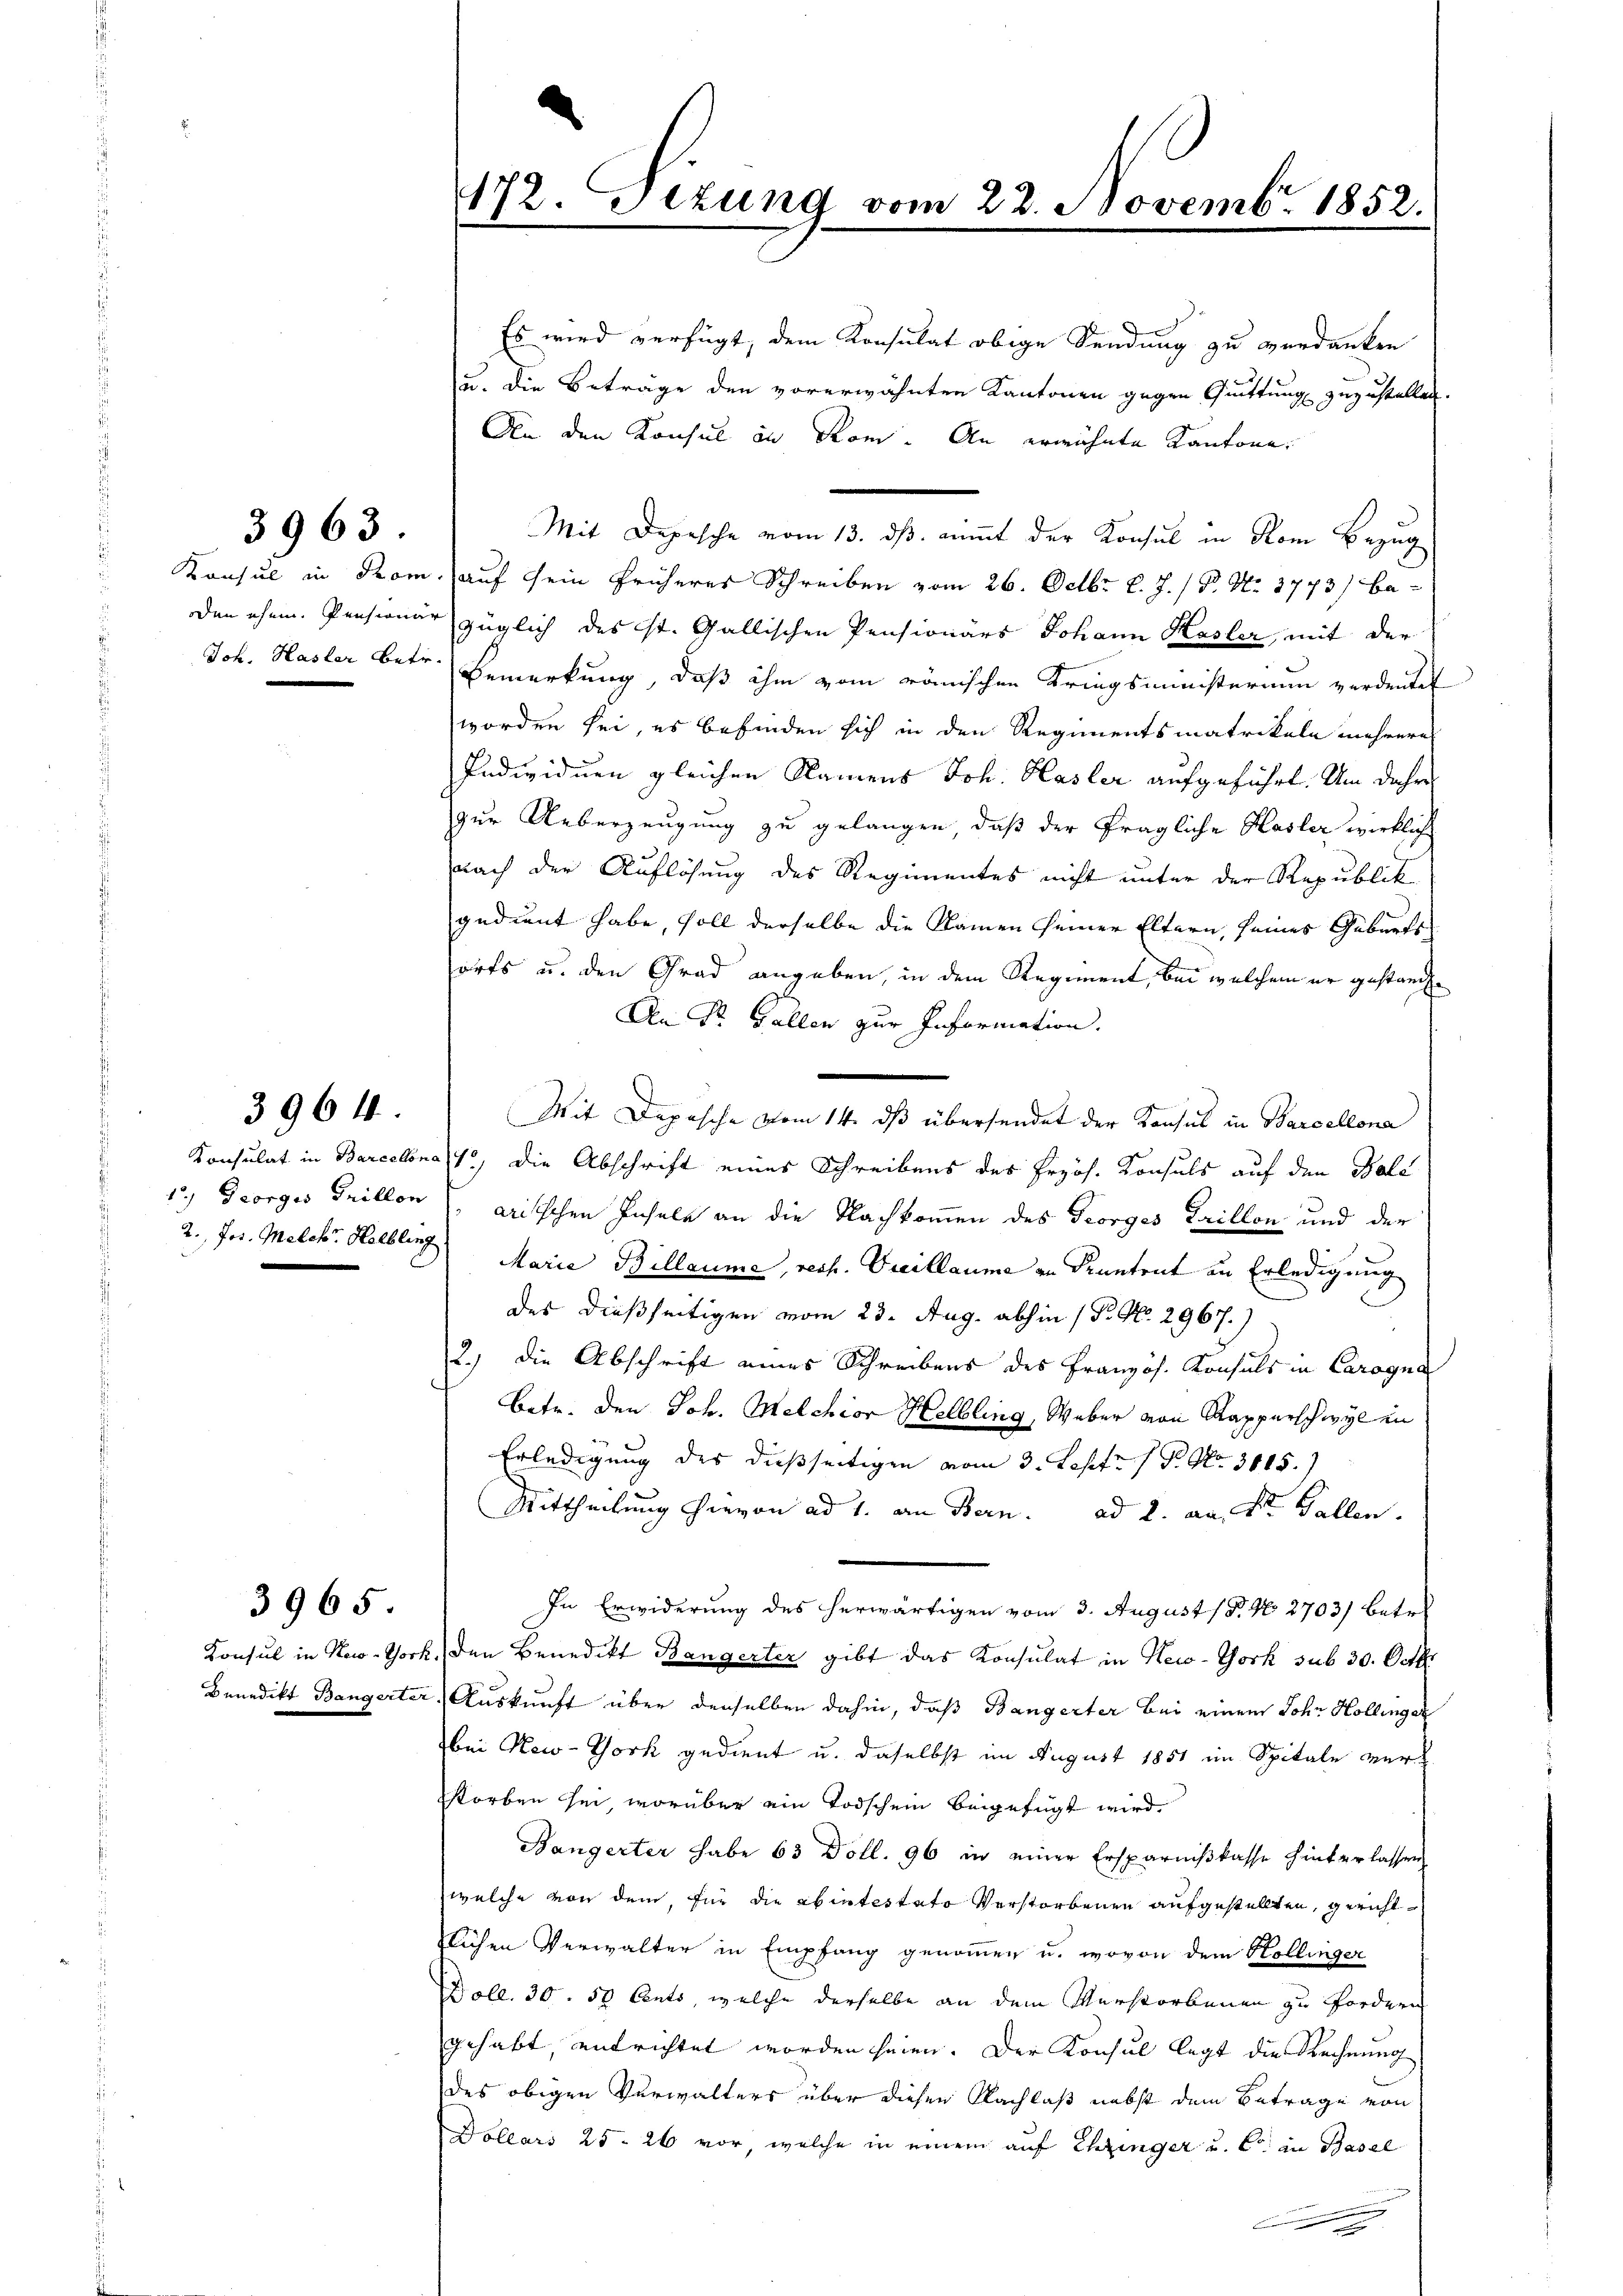
3963.

3964.

3965

172. Titung vom 22. Novembr. 1852.

Es wird verfügt, dem Konsulat obige Sendung zu verdanken
u. die Beträge den vorerwähnten Kantonen gegen Quittung zuzustellen.
An den Konsul in Rom. An erwähnte Kantone
Mit Depesche vom 13. ds. nimmt der Konsul in Rom Bezug
Konsul in Rom. auf sein früheres Schreiben vom 26. Octbr. l. J. / P. Nr. 1773) beoden ehem. Pensionär züglich des ist. Gallischen Pensionärs Johann Kasler, mit der
Joh. Hasler betr. Bemerkung, daß ihm vom römischen Kriegsministerium verdente
worden sei, es befinden sich in den Regimentsmatrikeln mehreres
Individuen gleichen Namens Joh. Hasler aufgeführt. Um daher
zur Ueberzeugung zu gelangen, daß der fragliche Hasler wirkliche
nach der Auflösung des Regimentes nicht unter der Republik
gedient habe, soll derselbe die Namen seiner Eltern, seines Geburtsforts u. den Grad angeben, in dem Regiment, bei welchem er gestand¬
An Dr. Gallen zur Information.
Mit Depesche vom 14. ds übersendet der Konsul in Barcellona
Konsulat in Barcelone 1, die Abschrift eines Schreibens des Przös. Konsuls auf den Gale
1.) Georges Grillon), aritschen Insale an die Nachkommen des Georges Grillon und der
2., Jes. Melch. Helbling Marie Billaume, rech. Vicillaume in Krantent an Erledigung
des dießseitigen vom 23. Aug. abhin (Pr. No. 2967.)
2.) Die Abschrift eines Schreibens des Französ. Konsuls in Carogna
betr. den Joh. Melchior Helbling, Weber von Kapperschwyl in
Erledigung des dießseitigen vom 3. Sept. 1 P. Nr. 3665.
Mittheilung hievon ad 1. an Bern. ad 2. an St. Gallen.
In Erwiderung des herwärtigen vom 3. August (§. N. 2703) betr.
Konsul in New-York, den Benedikt Bangerter gibt das Konsulat in New-York sub 30. Octbr.
Benedikt Bangerter, Auskunft über denselben dahin, daß Bangerter bei einem Johr Hollinger
bei New-York gedient u. daselbst im August 1851 im Spitale verstorben sei, worüber ein Todschein beigefügt wird.
Bangerter habe 63 Doll. 96 in einer Ersparnißkasse hinterlassen
welche von dem, für die abintestato verstorbenen aufgestellten, gerichtlichen Verwalter in Empfang genommen u. wovon dem Hollinger
oll. 30. 50 Cents, welche derselbe an dem Verstorbenen zu fordern
gehabt, entrichtet worden seien. Der Konsul legt die Rechnung
des obigen Verwalters über diesen Nachlaß nebst dem Betrage von
Dollars 25. 26 vor, welche in einem auf Chringer u. C in Basel
x